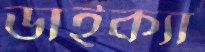
ডাইক্যা